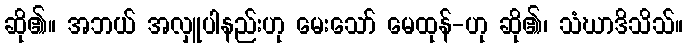
ဆို၏။ အဘယ် အလှူပါနည်းဟု မေးသော် မေထုန်-ဟု ဆို၏၊ သံဃာဒိသိသ်။